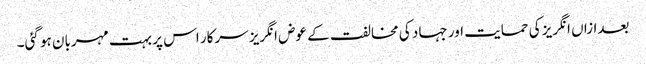
بعدازاں انگریز کی حمایت اور جہاد کی مخالفت کے عوض انگریز سرکار اس پر بہت مہربان ہو گئی۔